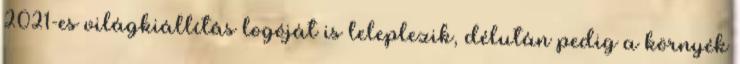
2021-es világkiállítás logóját is leleplezik, délután pedig a környék